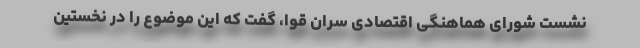
نشست شورای هماهنگی اقتصادی سران قوا، گفت که این موضوع را در نخستین